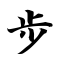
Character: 步